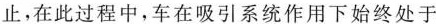
止，在此过程中，车在吸引系统作用下始终处于